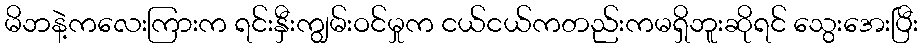
မိဘနဲ့ကလေးကြားက ရင်းနှီးကျွမ်းဝင်မှုက ငယ်ငယ်ကတည်းကမရှိဘူးဆိုရင် သွေးအေးပြီး